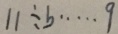
1 1 \div b \cdots 9